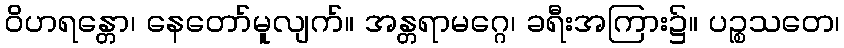
ဝိဟရန္တော၊ နေတော်မူလျက်။ အန္တရာမဂ္ဂေ၊ ခရီးအကြား၌။ ပဉ္စသတေ၊